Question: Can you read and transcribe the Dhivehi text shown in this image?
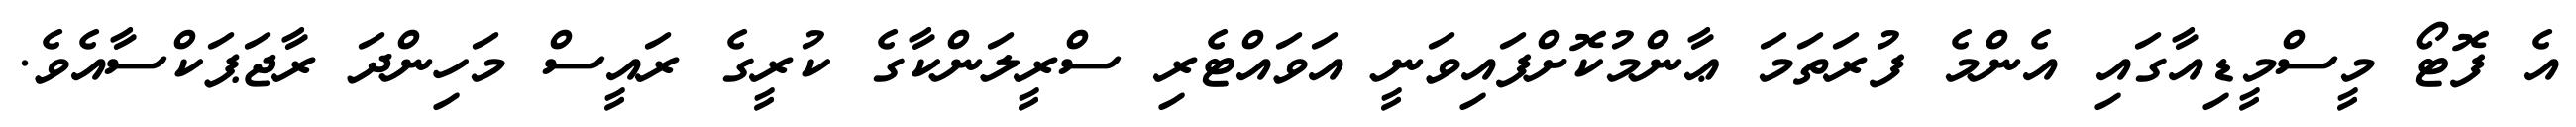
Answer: އެ ފޮޓޯ މީސްމީޑިއާގައި އެންމެ ފުރަތަމަ ޢާންމުކޮށްފައިވަނީ އަވައްޓެރި ސްރީލަންކާގެ ކުރީގެ ރައީސް މަހިންދަ ރާޖަޕަކްސާއެވެ.